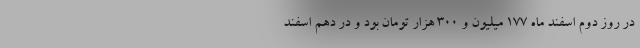
در روز دوم اسفند ماه ۱۷۷ میلیون و ۳۰۰ هزار تومان بود و در دهم اسفند